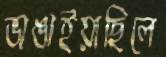
ভাঙাইয়াছিলে